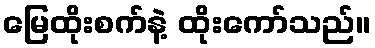
မြေထိုးစက်နဲ့ ထိုးကော်သည်။